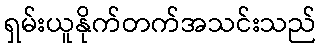
ရှမ်းယူနိုက်တက်အသင်းသည်